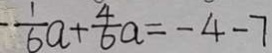
- \frac { 1 } { 6 } a + \frac { 4 } { 6 } a = - 4 - 7